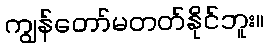
ကျွန်တော်မတတ်နိုင်ဘူး။